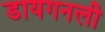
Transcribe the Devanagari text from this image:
डायगनली